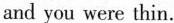
and you were thin.